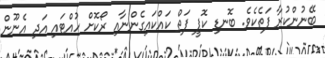
ބޭނުންކުރާ ފަތެކެވެ. ބޮނޑި ކޮޕީ ފަތް ކައްކައިގެންނާއި ރޯކޮށް ހުއްޓައި އަދި އެނޫން